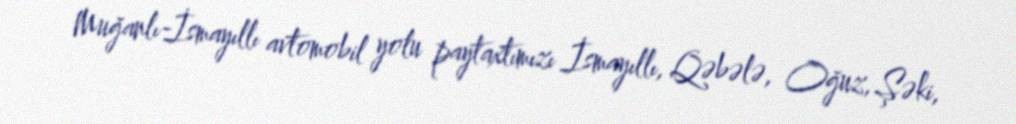
Muğanlı-İsmayıllı avtomobil yolu paytaxtımızı İsmayıllı, Qəbələ, Oğuz, Şəki,